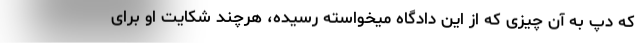
که دپ به آن چیزی که از این دادگاه میخواسته رسیده، هرچند شکایت او برای